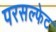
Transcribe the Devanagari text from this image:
परसल्फेट